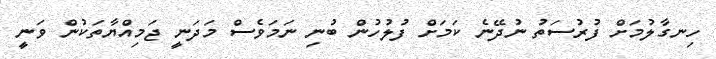
ހިނގާލުމަށް ފުރުސަތު ނުދޭނެ ކަމަށް ފުލުހުން ބުނި ނަމަވެސް މަދަނީ ޖަމިއްޔާތަކުން ވަނީ